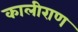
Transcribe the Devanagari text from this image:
कालीराण